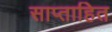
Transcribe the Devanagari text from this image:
साप्ताहित